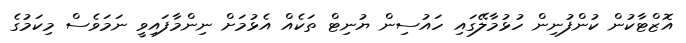
އޮޒްޓާކުން ކުންފުނިން ހުޅުމާލޭގައި ހައުސިން ޔުނިޓް ތަކެއް އެޅުމަށް ނިންމާފައިވީ ނަމަވެސް މިކަމުގެ